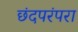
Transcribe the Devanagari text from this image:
छंदपरंपरा